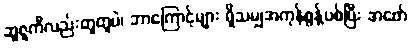
ဆူဇူကီလည်းတူတူပဲ၊ ဘာကြောင့်များ ရှိသမျှအကုန်စွန့်ပစ်ပြီး အဖော်